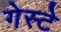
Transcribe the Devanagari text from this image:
गेस्टे